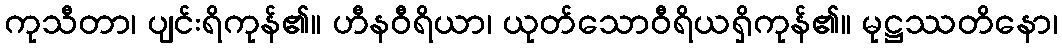
ကုသီတာ၊ ပျင်းရိကုန်၏။ ဟီနဝီရိယာ၊ ယုတ်သောဝီရိယရှိကုန်၏။ မုဋ္ဌဿတိနော၊